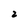
Character: 2